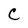
Character: C